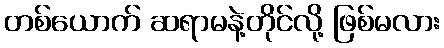
တစ်ယောက် ဆရာမနဲ့တိုင်လို့ ဖြစ်မလား